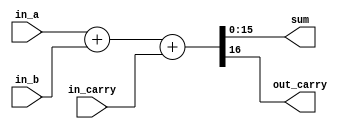
module adderGenerator #(parameter WIDTH = 16) (
    input [WIDTH -1 : 0] in_a, 
    input [WIDTH -1 : 0] in_b, 
    input in_carry,
    output [WIDTH - 1 : 0] sum,
    output out_carry 
    );
    assign {out_carry, sum} = in_a + in_b + in_carry;
endmodule

module adder2StageBuf (
    input clock,
    input reset,
    input[31:0] in_a,
    input[31:0] in_b,
    output[32:0] out_sum    // 32 bit sum is easier to debug in simulation
    // output out_carry -- //use for synthesys, 
);

    parameter WIDTH = 32;
    
    // buffer registers for IO ports
    reg [WIDTH-1:0] buffer_in_a;
    reg [WIDTH-1:0] buffer_in_b;
    reg [WIDTH:0] buffer_out_sum;

    // stage 1 pipeline registers
    reg [(WIDTH/2 -1):0] pipeline_in_a;   //for higher 16 bits of in_a
    reg [(WIDTH/2 -1):0] pipeline_in_b;   //for higher 16 bits of in_b
    reg [(WIDTH/2 -1):0] pipeline_sum0;   //for sum generated by adder0
    reg pipeline_carry0;        //for carry_out generated by adder0

    // wires for stage 1 outputs
    wire [(WIDTH/2 -1):0] sum0;
    wire carry0;

    // carryin for adder0 is set to 0.
    // sending the output directly to the pipeline regs, no explicit wires declared
    adderGenerator adder0(buffer_in_a[15:0], buffer_in_b[15:0], 1'b0, sum0, carry0);

    always @(posedge clock) begin
        if(reset)
        begin
            // resets all pipeline_regs of stage 1 to 0
            pipeline_in_a <= {(WIDTH/2 - 1){1'b0}};
            pipeline_in_b <= {(WIDTH/2 - 1){1'b0}};
            pipeline_sum0 <= {(WIDTH/2 - 1){1'b0}};
            pipeline_carry0 <= 1'b0;
        end
        else begin
            // buffer IO stage
            buffer_in_a <= in_a;
            buffer_in_b <= in_b;

            pipeline_in_a <= buffer_in_a[(WIDTH-1):(WIDTH/2)];
            pipeline_in_b <= buffer_in_b[(WIDTH-1):(WIDTH/2)];

            pipeline_sum0 <= sum0;
            pipeline_carry0 <= carry0;            
        end
        
    end

    // wires for stage 2 output
    wire [(WIDTH/2 - 1):0] sum1;
    wire carry1;

    adderGenerator adder1 (pipeline_in_a, pipeline_in_b, pipeline_carry0, sum1[(WIDTH/2 - 1):0], carry1);

    always @(posedge clock ) begin
        if (reset) begin
            // flush output buffer
            buffer_out_sum <= {(WIDTH+1){1'b0}};
        end
        else begin
            buffer_out_sum <= {carry1, sum1 ,pipeline_sum0};
        end
        
    end

    assign out_sum = buffer_out_sum;


endmodule